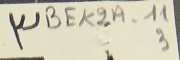
٣ BEK2A-11 3